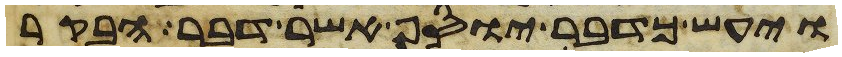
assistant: ויעש כדבר יוסף אשר דבר הבקר